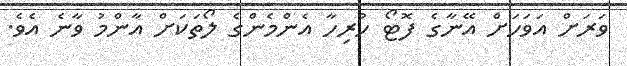
ވަރަށް އަވަހަށް އޭނާގެ ފޮޓޯ ހުރިހާ އެންމެންގެ ލޯތަކަށް އާންމު ވާނެ އެވެ.